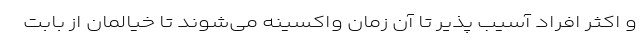
و اکثر افراد آسیب پذیر تا آن زمان واکسینه می‌شوند تا خیالمان از بابت